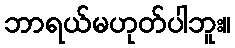
ဘာရယ်မဟုတ်ပါဘူး။